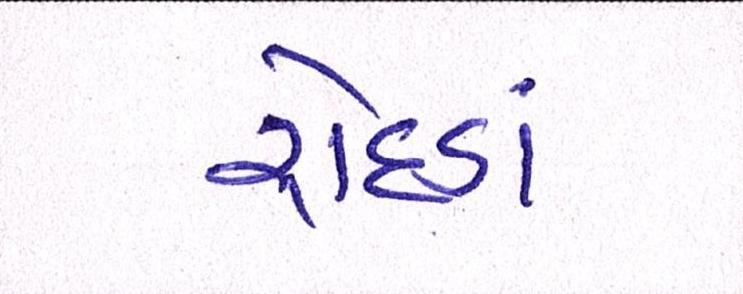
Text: રોદડાં